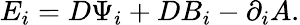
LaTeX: E_{i}=D\Psi_{i}+DB_{i}-\partial_{i}A.